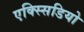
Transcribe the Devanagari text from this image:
एक्स्सिडियो